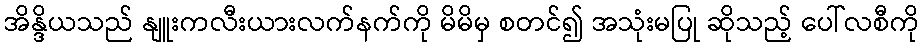
အိန္ဒိယသည် နျူးကလီးယားလက်နက်ကို မိမိမှ စတင်၍ အသုံးမပြု ဆိုသည့် ပေါ်လစီကို